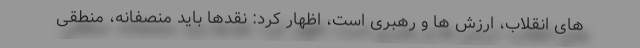
های انقلاب، ارزش ها و رهبری است، اظهار کرد: نقدها باید منصفانه، منطقی